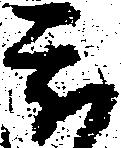
被